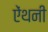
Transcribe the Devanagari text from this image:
ऐंथनी